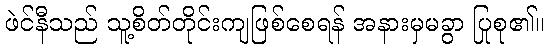
ဖဲင်နီသည် သူ့စိတ်တိုင်းကျဖြစ်စေရန် အနားမှမခွာ ပြုစု၏။